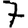
Digit: 7